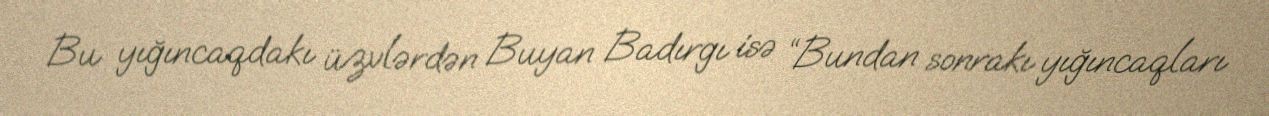
Bu yığıncaqdakı üzvlərdən Buyan Badırgı isə “Bundan sonrakı yığıncaqları